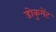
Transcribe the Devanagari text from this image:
डोकुमेंट